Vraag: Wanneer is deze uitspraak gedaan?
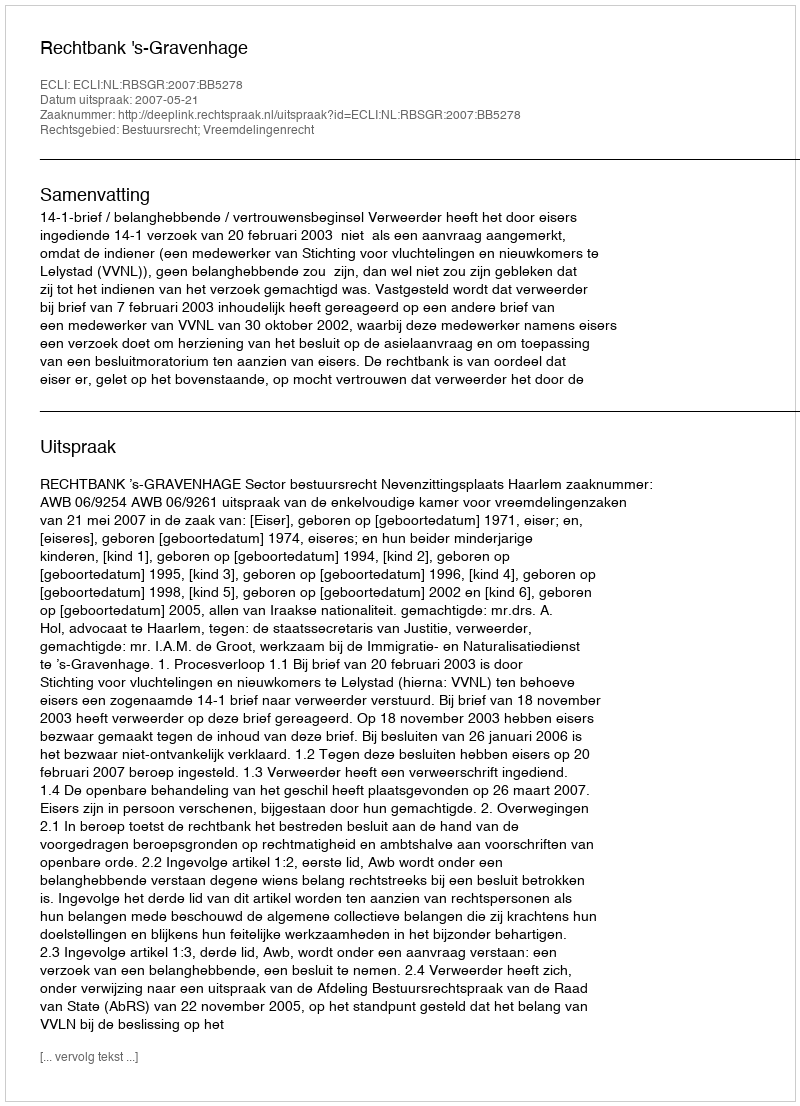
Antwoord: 2007-05-21